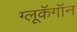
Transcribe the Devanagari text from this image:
ग्लूकॅगॉन